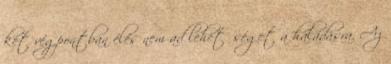
két végpontban élés nem ad lehetőséget a haladásra. Az